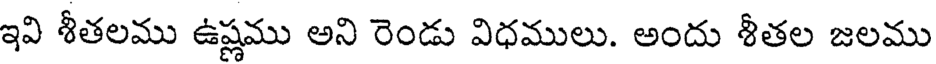
ఇవి శీతలము ఉష్ణము అని రెండు విధములు. అందు శీతల జలము